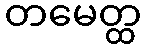
တမေတ္ထ